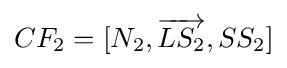
CF_{2}=[N_{2},{\overrightarrow {LS_{2}}},SS_{2}]